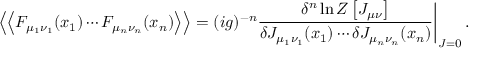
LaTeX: \left. \left< \left< F _ { \mu _ { 1 } \nu _ { 1 } } ( x _ { 1 } ) \cdots F _ { \mu _ { n } \nu _ { n } } ( x _ { n } ) \right> \right> = ( i g ) ^ { - n } \frac { \delta ^ { n } \ln { \cal Z } \left[ J _ { \mu \nu } \right] } { \delta J _ { \mu _ { 1 } \nu _ { 1 } } ( x _ { 1 } ) \cdots \delta J _ { \mu _ { n } \nu _ { n } } ( x _ { n } ) } \right| _ { J = 0 } .